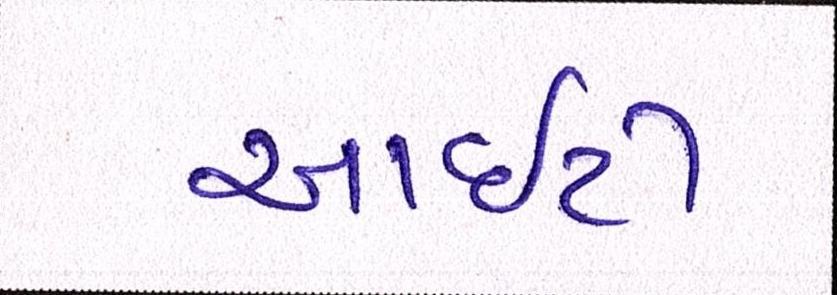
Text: આઇટી